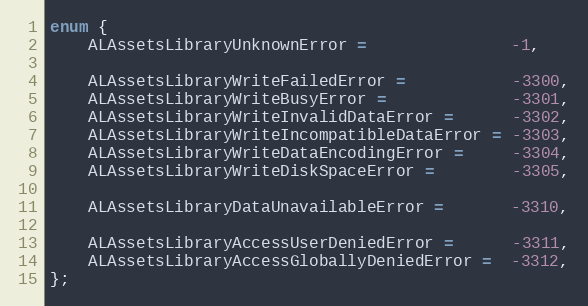
Language: C
enum {
    ALAssetsLibraryUnknownError =               -1,

    ALAssetsLibraryWriteFailedError =           -3300,
    ALAssetsLibraryWriteBusyError =             -3301,
    ALAssetsLibraryWriteInvalidDataError =      -3302,
    ALAssetsLibraryWriteIncompatibleDataError = -3303,
    ALAssetsLibraryWriteDataEncodingError =     -3304,
    ALAssetsLibraryWriteDiskSpaceError =        -3305,

    ALAssetsLibraryDataUnavailableError =       -3310,

    ALAssetsLibraryAccessUserDeniedError =      -3311,
    ALAssetsLibraryAccessGloballyDeniedError =  -3312,
};